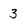
Character: 3